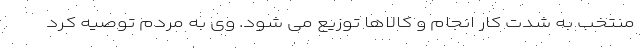
منتخب به شدت کار انجام و کالاها توزیع می شود. وی به مردم توصیه کرد